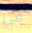
في